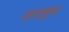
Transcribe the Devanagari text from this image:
जराइम